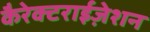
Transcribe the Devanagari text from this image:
कैरेक्टराईज़ेशन